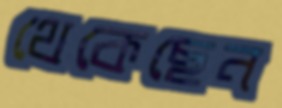
থেকেছেন